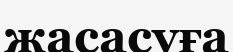
жасасуға